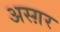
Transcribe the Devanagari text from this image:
अस्ग़र